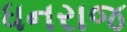
ધનરાજ